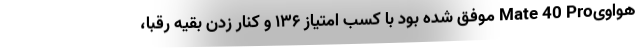
هواویMate 40 Pro موفق شده بود با کسب امتیاز ۱۳۶ و کنار زدن بقیه رقبا،